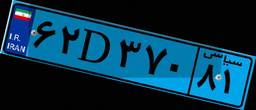
۶۲D۳۷۰۸۱